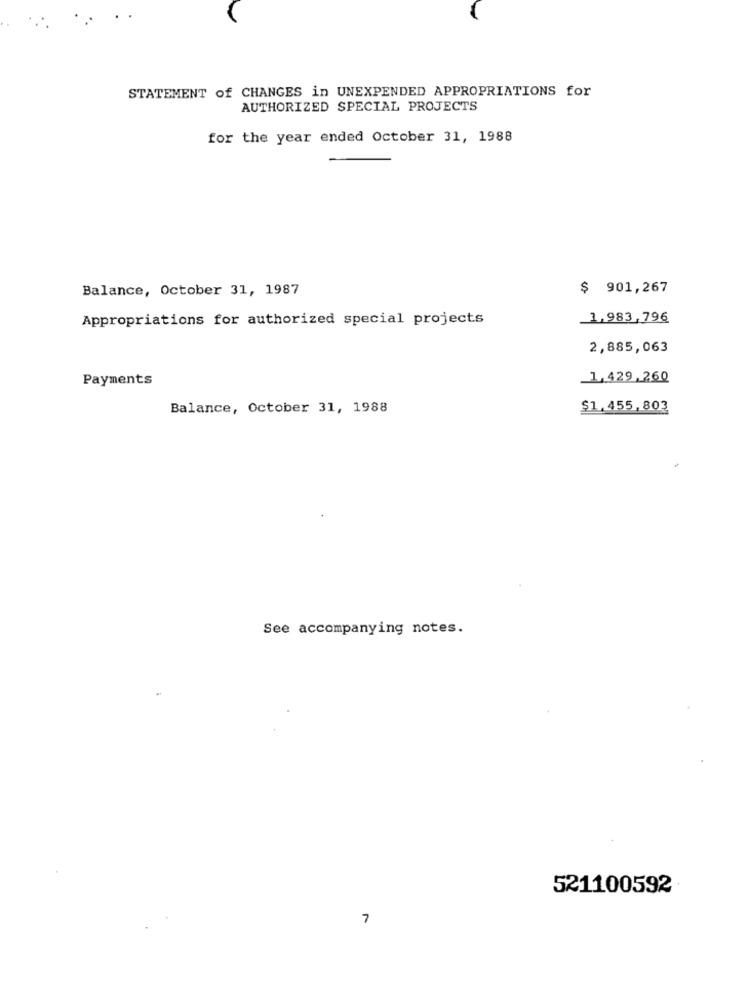
STATEMENT of CHANGES in UNEXPENDED APPROPRIATIONS for
AUTHORIZED SPECIAL PROJECTS
for the year ended October 31, 1988
Balance, October 31, 1987
$ 901,267
Appropriations for authorized special projects
1.983,796
2,885,063
Payments
1,429.260
Balance, October 31, 1988
$1.455,803
See accompanying notes.
521100592
7